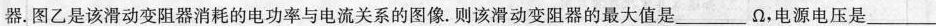
器.图乙是该滑动变阻器消耗的电功率与电流关系的图像.则该滑动变阻器的最大值是___Ω，电源电压是___